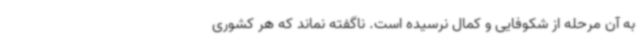
به آن مرحله از شکوفایی و کمال نرسیده است. ناگفته نماند که هر کشوری